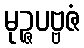
မုဉ္ဇပဗ္ဗဇံ